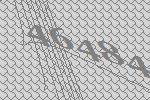
46484